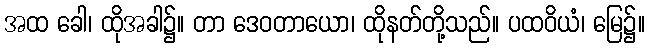
အထ ခေါ၊ ထိုအခါ၌။ တာ ဒေဝတာယော၊ ထိုနတ်တို့သည်။ ပထဝိယံ၊ မြေ၌။